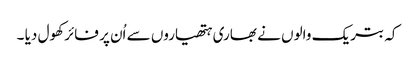
کہ بتریک والوں نے بھاری ہتھیاروں سے اُن پر فائر کھول دیا ۔